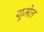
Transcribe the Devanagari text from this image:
यूमेल